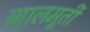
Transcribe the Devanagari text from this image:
व्यालमूर्ती